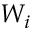
W _ { i }